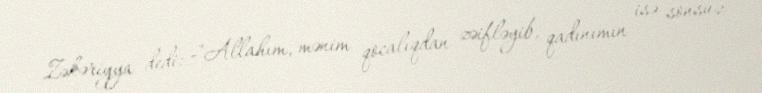
Zəkəriyya dedi: -"Allahım, mənim qocalıqdan zəifləyib, qadınımın isə sonsuz